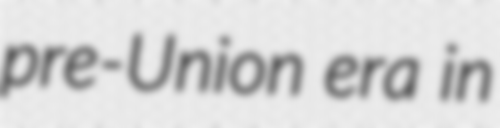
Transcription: pre-Union era in